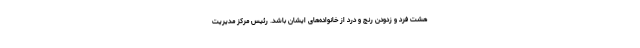
هشت فرد و زدودن رنج و درد از خانواده‌های ایشان باشد. رئیس مرکز مدیریت